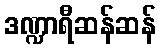
ဒဏ္ဍာရီဆန်ဆန်